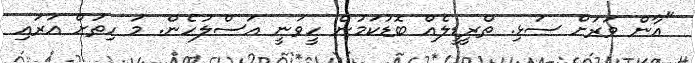
"އާން ވަރަށް ސަޅި. ތްރީޑީލެއް ބޮޑުކަމުން ހީވަނީ އަސްލުހެން. މަ ހިތަށް އަރައި